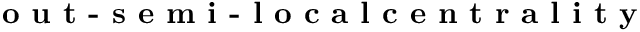
\textbf { o u t - s e m i - l o c a l c e n t r a l i t y }